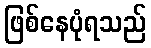
ဖြစ်နေပုံရသည်